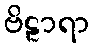
ဗိဠာရာ